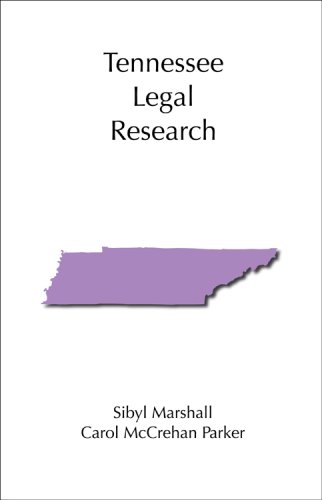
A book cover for Tennessee Legal Research; Sibyl Marshall; Law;